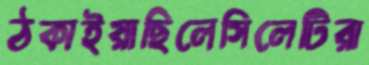
ঠকাইয়াছিলেসিলেটিরা